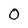
Character: 0